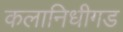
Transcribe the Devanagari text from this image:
कलानिधीगड